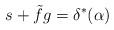
LaTeX: \begin{align*} s + \tilde{f} g = \delta^{\ast} (\alpha) \end{align*}